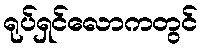
ရုပ်ရှင်လောကတွင်